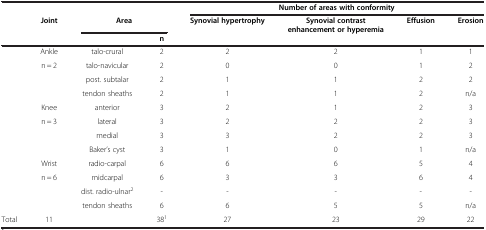
|  |  | <COLSPAN=2>  | <COLSPAN=4> Number of areas with conformity |
 |  | Joint | <COLSPAN=2> Area | Synovial hypertrophy | Synovial contrast enhancement or hyperemia | Effusion | Erosion |
 |  |  |  | n |  |  |  |  |
 | --- | --- | --- | --- | --- | --- | --- | --- |
 |  | Ankle | talo-crural | 2 | 2 | 2 | 1 | 1 |
 |  | n = 2 | talo-navicular | 2 | 0 | 0 | 1 | 2 |
 |  |  | post. subtalar | 2 | 1 | 1 | 2 | 2 |
 |  |  | tendon sheaths | 2 | 1 | 1 | 2 | n/a |
 |  | Knee | anterior | 3 | 2 | 1 | 2 | 3 |
 |  | n = 3 | lateral | 3 | 2 | 2 | 2 | 3 |
 |  |  | medial | 3 | 3 | 2 | 2 | 3 |
 |  |  | Baker’s cyst | 3 | 1 | 0 | 1 | n/a |
 |  | Wrist | radio-carpal | 6 | 6 | 6 | 5 | 4 |
 |  | n = 6 | midcarpal | 6 | 3 | 3 | 6 | 4 |
 |  |  | dist. radio-ulnar2 | - | - | - | - | - |
 |  |  | tendon sheaths | 6 | 6 | 5 | 5 | n/a |
 | Total | 11 |  | 381 | 27 | 23 | 29 | 22 |